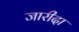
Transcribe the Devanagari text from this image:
जारीदा